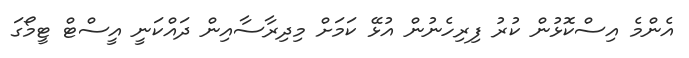
އެންމެ އިސްކޮޅުން ކުރު ފިރިހެނުން އުޅޭ ކަމަށް މިދިރާސާއިން ދައްކަނީ އީސްޓް ޓީމޯގަ